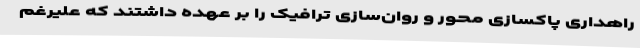
راهداری پاکسازی محور و روان‌سازی ترافیک را بر عهده داشتند که علیرغم